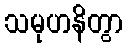
သမုဟနိတွာ